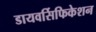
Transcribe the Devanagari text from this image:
डायवर्सिफिकेशन